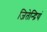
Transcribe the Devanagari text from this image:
जितेन्द्रियं